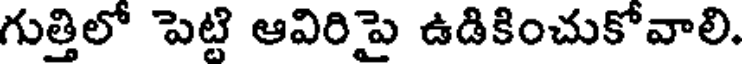
గుత్తిలో పెట్టి ఆవిరిపై ఉడికించుకోవాలి.